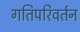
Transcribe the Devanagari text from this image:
गतिपरिवर्तन